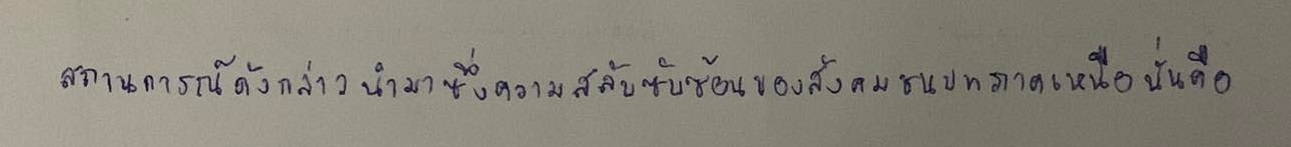
สถานการณ์ดังกล่าวนำมาซึ่งความสลับซับซ้อนของสังคมชนบทภาคเหนือนั่นคือ